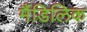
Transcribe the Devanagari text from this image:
मैंडिलिक